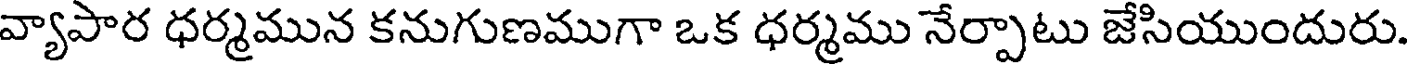
వ్యాపార ధర్మమున కనుగుణముగా ఒక ధర్మము నేర్పాటు జేసియుందురు.